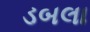
ડબલા